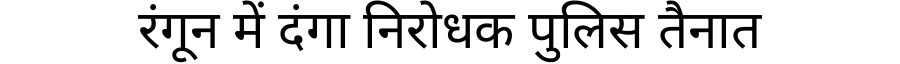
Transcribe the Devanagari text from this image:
रंगून में दंगा निरोधक पुलिस तैनात